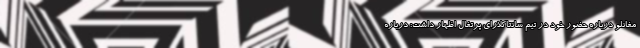
مغانلو درباره حضور خود در تیم سانتاکلارای پرتغال اظهار داشت: درباره